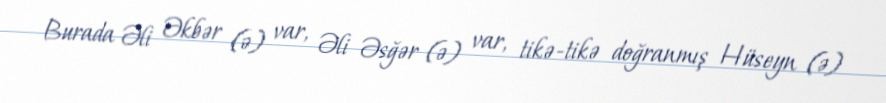
Burada Əli Əkbər (ə) var, Əli Əsğər (ə) var, tikə-tikə doğranmış Hüseyn (ə)